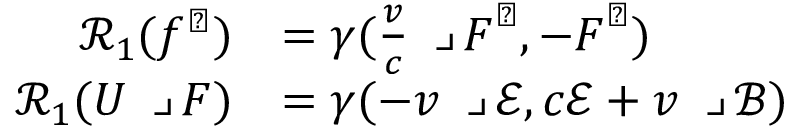
\begin{array} { r l } { \mathcal { R } _ { 1 } ( f ^ { \flat } ) } & { = \gamma ( \frac { \boldsymbol { v } } { c } \mathbin { \lrcorner } \boldsymbol { F } ^ { \flat } , - \boldsymbol { F } ^ { \flat } ) } \\ { \mathcal { R } _ { 1 } ( U \mathbin { \lrcorner } F ) } & { = \gamma ( - \boldsymbol { v } \mathbin { \lrcorner } \mathscr { E } , c \mathscr { E } + \boldsymbol { v } \mathbin { \lrcorner } \mathscr { B } ) } \end{array}